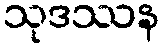
သုဒဿန